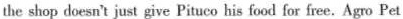
the shop doesn't just give Pituco his food for free.Agro Pet